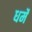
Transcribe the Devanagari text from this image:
धर्मे